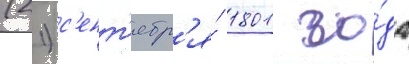
(21) с'ент'ябр'я́ 1801 го́да